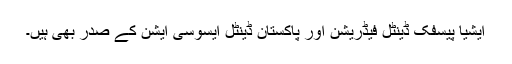
ایشیا پیسفک ڈینٹل فیڈریشن اور پاکستان ڈینٹل ایسوسی ایشن کے صدر بھی ہیں۔